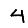
Digit: 4